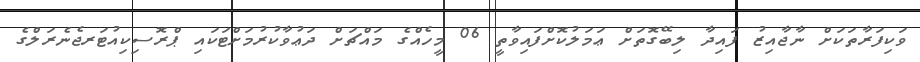
ވަކިފަރާތަކަށް ނާޖާއިޒު ފައިދާ ލިބޭގޮތަށް ޢަމަލުކޮށްފައިވާތީ 06 މީހެއްގެ މައްޗަށް ދަޢުވާކުރުމަށްޓަކައި ޕްރޮސިކިއުޓަރޖެނެރަލްގެ